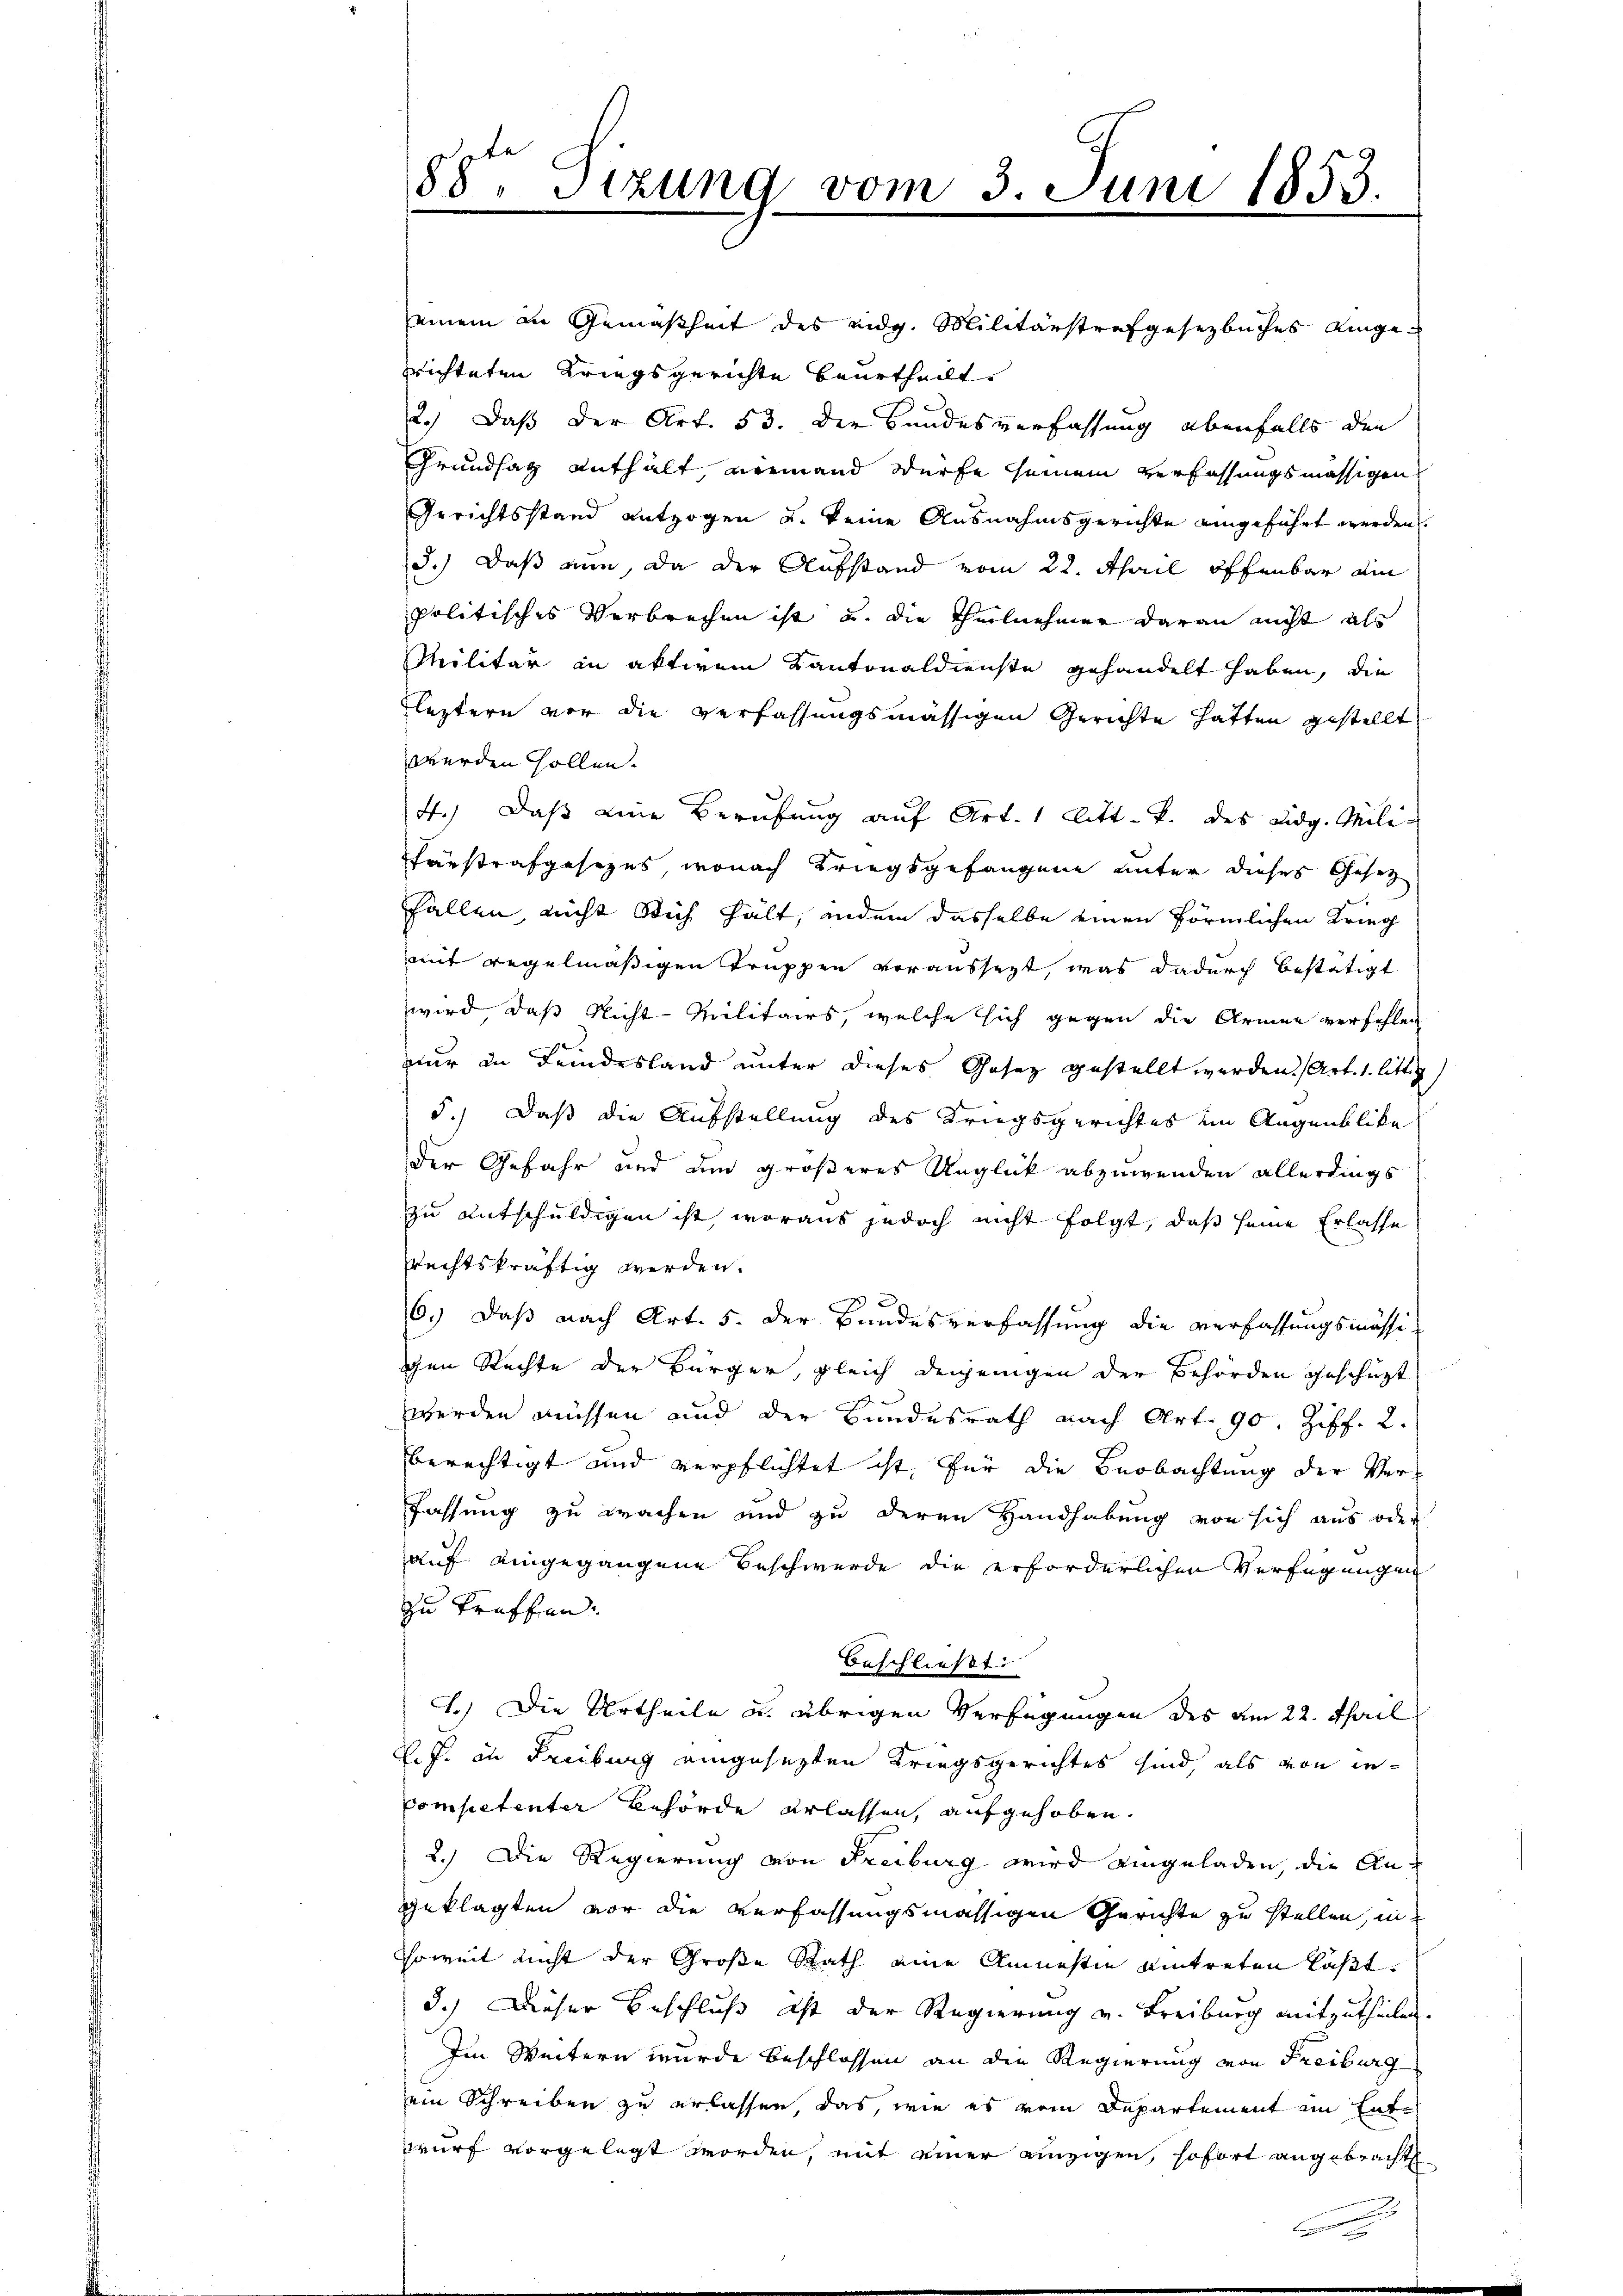
88ten Sizung vom 3. Juni 1853.

einem in Gemäßheit des eidg. Militärstrafgesetzbuches eingerrichteten Kriegsgerichte beurtheilt.
2.) Daß der Art. 53. Der Bundesverfassung ebenfalls den
Grundsatz enthält niemand dürfe seinem verfassungsmässigen
Gerichtsstand entzogen u. keine Ausnahmsgerichte eingeführt werden.
d.) Daß nun, da der Aufstand vom 22. April öffenbar ain
politisches Verbrechen ist u. die Theilnehmer daran nicht als
Militär in aktivem Kantonaldienste gehandelt haben, die
Fleztern vor die Verfassungsmässigen Gerichte hatten gestellt
werden sollen.
4.) Daß eine Berufung auf Art. 1 litt. v. des eidg. Mili¬
Faustrafgesezes, wonach Kriegsgefangene unter dieses Gesetz
Fallen nicht Stich hält, indem dasselbe einen förmlichen Krieg
mit regelmäßigen Truppen voraussert, was dadurch bestätigt
wird, daß Nicht-Militairs, welche sich gegen die Armen verfehlen
nur in Feindesland unter dieses Gesez gestellt werden. Art. 1. litte
5.) Daß die Aufstellung des Kriegsgerichtes im Augenblicke
der Gefahr und um größeres Unglick abzuwenden allerdings
zu entschuldigen ist, woraus jedoch nicht folgt, daß seine Erlasse
rechtskräftig werden.
6.) Daß nach Art. 5. der Bundesverfassung die verfassungsmässi-
gen Rechte der Bürger, gleich denjenigen der Behörden geschüzt
werden müssen und der Bundesrath nach Art. 90. Ziff. 2.
berechtigt und verpflichtet ist, für die Beobachtung der Ver¬
Fassung zu wachen und zu deren Handhabung von sich aus oder
auf eingegangene Beschwerde die erforderlichen Verfügungen
zu treffen.
beschließt:
1.) Die Urtheile u. übrigen Verfügungen des am 22. Maril
l. J. in Freiburg eingesezten Kriegsgerichtes sind, als von in¬
Competenter Behörde erlassen, aufgehoben.
2.) Die Regierung von Freiburg wird eingeladen, die Angeklagten vor die Verfassungsmässigen Gerichte zu stellen, in
soweit nicht der Große Rath eine Amnestie eintreten läßt.
3.) Dieser Beschluß ist der Regierung u. Freiburg mitzutheilen.
Im Weitern wurde beschlossen an die Regierung von Freiburg
ein Schreiben zu erlassen das, wie es vom Departement am Entwurf vorgelegt worden, mit einer einzigen, sofort angebracht